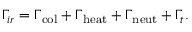
\Gamma _ { i r } = \Gamma _ { \mathrm { c o l } } + \Gamma _ { \mathrm { h e a t } } + \Gamma _ { \mathrm { n e u t } } + \Gamma _ { t } .